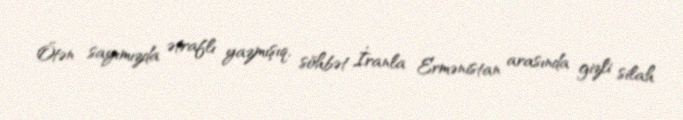
Ötən sayımızda ətraflı yazmışıq, söhbət İranla Ermənistan arasında gizli silah